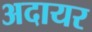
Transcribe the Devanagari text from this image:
अदायर